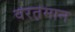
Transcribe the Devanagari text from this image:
वरत़़मान